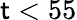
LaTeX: \mathsf{t}<55